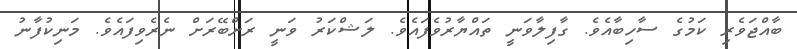
ބާއްޖަވެރި ކަމުގެ ސާހިބާއެވެ. ގާފިލާވަނީ ތައްޔާރުވެފައެވެ. ލަޝްކަރު ވަނީ ރަށްބޭރަށް ނެރެވިފައެވެ. މަނިކުފާނު